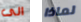
الى لماذا